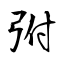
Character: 弣